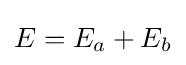
{\textstyle E=E_{a}+E_{b}}